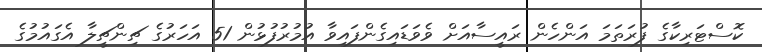
ކޮސްޓަރިކާގެ ފުރަތަމަ އަންހެން ރައީސާއަށް ވެވަޑައިގެންފައިވާ އުމުރުފުޅުން 51 އަހަރުގެ ޗިންޗީލާ އެގައުމުގެ